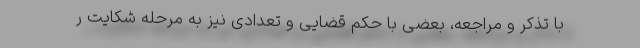
با تذکر و مراجعه، بعضی با حکم قضایی و تعدادی نیز به مرحله شکایت ر